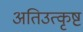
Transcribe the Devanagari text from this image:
अतिउत्कृष्ट